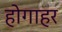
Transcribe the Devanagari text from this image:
होगाहर